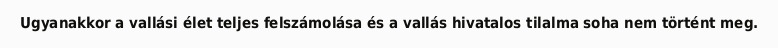
Ugyanakkor a vallási élet teljes felszámolása és a vallás hivatalos tilalma soha nem történt meg.